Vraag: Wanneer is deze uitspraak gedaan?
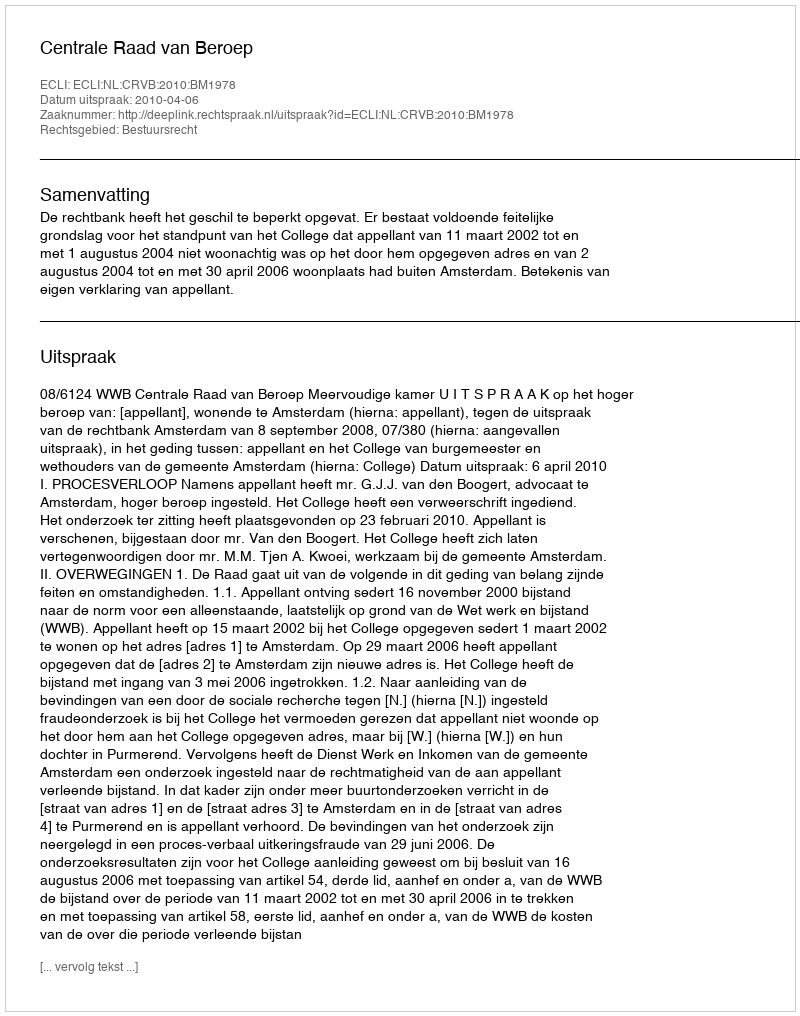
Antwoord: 2010-04-06